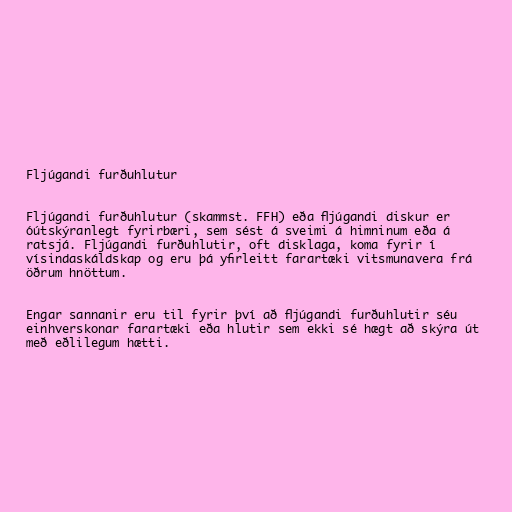
Fljúgandi furðuhlutur

Fljúgandi furðuhlutur (skammst. FFH) eða fljúgandi diskur er
óútskýranlegt fyrirbæri, sem sést á sveimi á himninum eða á
ratsjá. Fljúgandi furðuhlutir, oft disklaga, koma fyrir í
vísindaskáldskap og eru þá yfirleitt farartæki vitsmunavera frá
öðrum hnöttum.

Engar sannanir eru til fyrir því að fljúgandi furðuhlutir séu
einhverskonar farartæki eða hlutir sem ekki sé hægt að skýra út
með eðlilegum hætti.